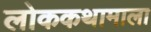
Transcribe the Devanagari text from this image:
लोककथामाला